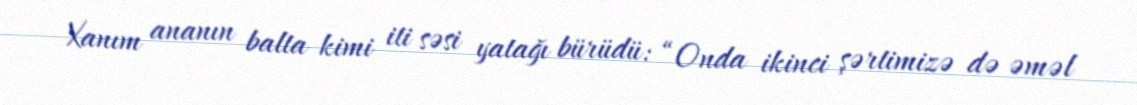
Xanım ananın balta kimi iti səsi yatağı bürüdü: “Onda ikinci şərtimizə də əməl